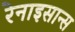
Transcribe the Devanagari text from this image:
रेनाइसान्स